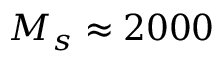
M _ { s } \approx 2 0 0 0